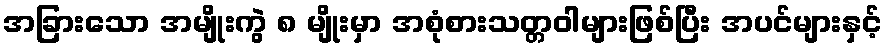
အခြားသော အမျိုးကွဲ ၈ မျိုးမှာ အစုံစားသတ္တဝါများဖြစ်ပြီး အပင်များနှင့်